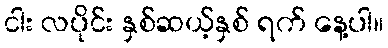
ငါး လပိုင်း နှစ်ဆယ့်နှစ် ရက် နေ့ပါ။